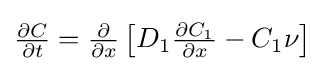
\textstyle {\frac {\partial C}{\partial t}}={\frac {\partial }{\partial x}}\left[D_{1}{\frac {\partial C_{1}}{\partial x}}-C_{1}\nu \right]